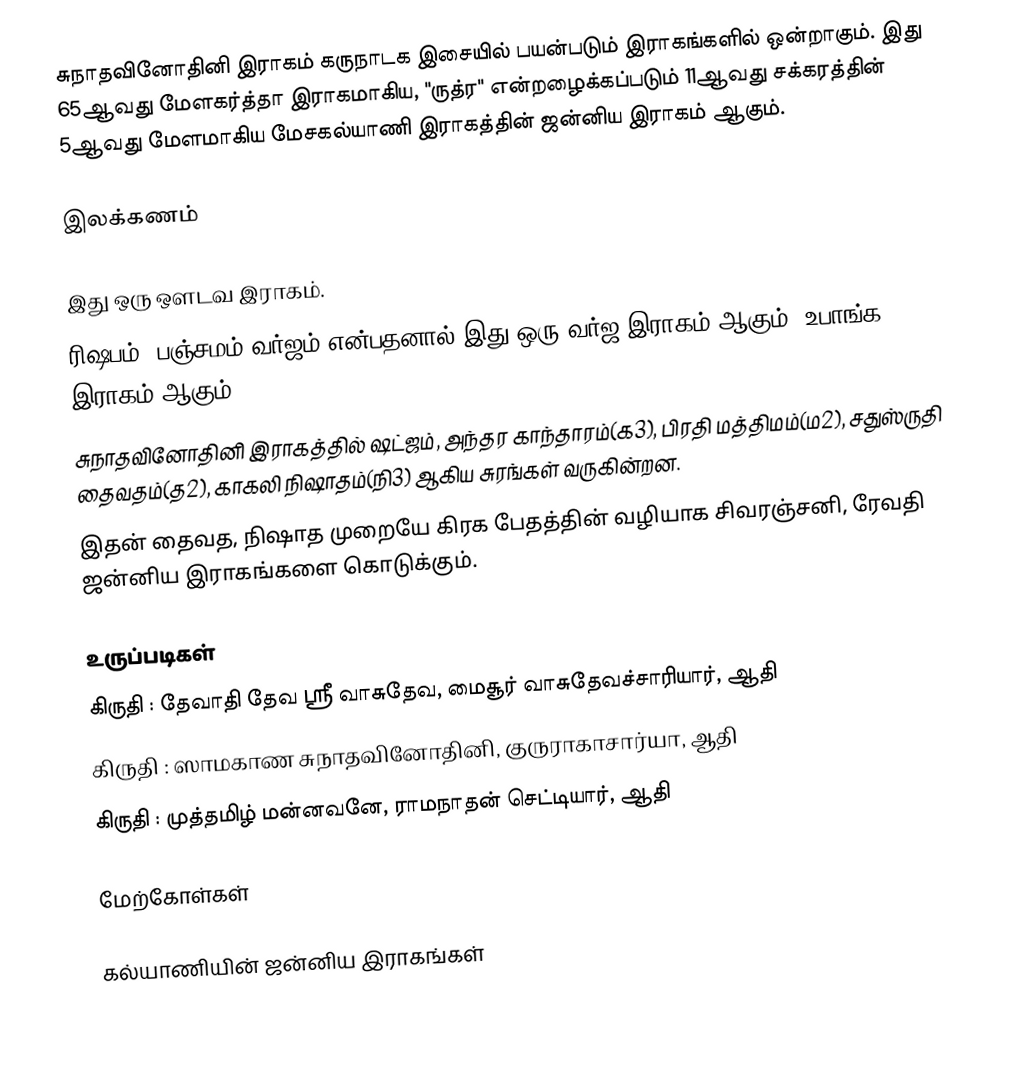
சுநாதவினோதினி இராகம் கருநாடக இசையில் பயன்படும் இராகங்களில் ஒன்றாகும். இது 65ஆவது மேளகர்த்தா இராகமாகிய, "ருத்ர" என்றழைக்கப்படும் 11ஆவது சக்கரத்தின் 5ஆவது மேளமாகிய மேசகல்யாணி இராகத்தின் ஜன்னிய இராகம் ஆகும்.

இலக்கணம்

 இது ஒரு ஔடவ இராகம்.
 ரிஷபம், பஞ்சமம் வர்ஜம் என்பதனால் இது ஒரு வர்ஜ இராகம் ஆகும், உபாங்க இராகம் ஆகும்.
 சுநாதவினோதினி இராகத்தில் ஷட்ஜம், அந்தர காந்தாரம்(க3), பிரதி மத்திமம்(ம2), சதுஸ்ருதி தைவதம்(த2), காகலி நிஷாதம்(நி3) ஆகிய சுரங்கள் வருகின்றன.
 இதன் தைவத, நிஷாத முறையே கிரக பேதத்தின் வழியாக சிவரஞ்சனி, ரேவதி ஜன்னிய இராகங்களை கொடுக்கும்.

உருப்படிகள்
 கிருதி	: தேவாதி தேவ ஸ்ரீ வாசுதேவ, மைசூர் வாசுதேவச்சாரியார், ஆதி
 கிருதி	: ஸாமகாண சுநாதவினோதினி, குருராகாசார்யா, ஆதி
 கிருதி	: முத்தமிழ் மன்னவனே, ராமநாதன் செட்டியார், ஆதி

மேற்கோள்கள்

கல்யாணியின் ஜன்னிய இராகங்கள்